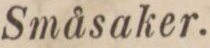
Småsaker.